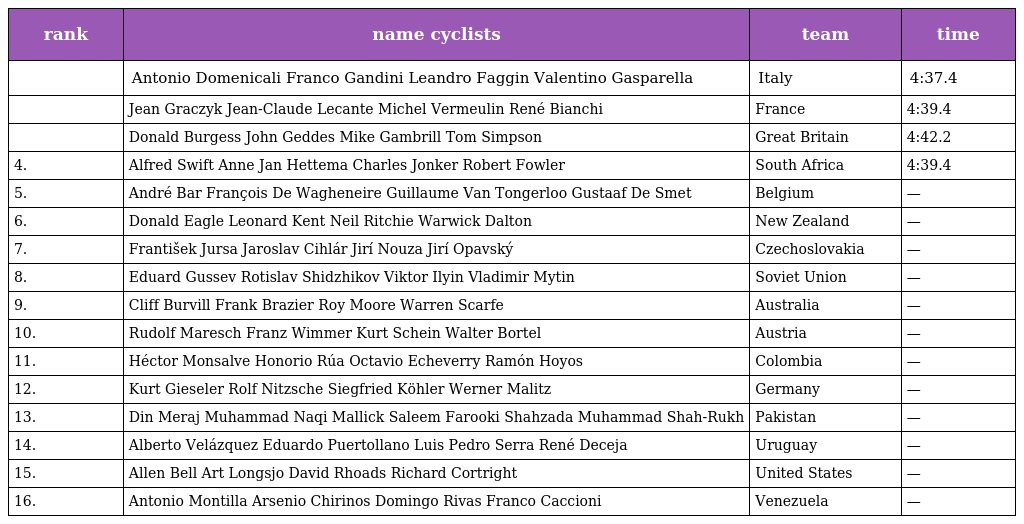
| rank | name cyclists | team | time |
 | --- | --- | --- | --- |
 |  | Antonio Domenicali Franco Gandini Leandro Faggin Valentino Gasparella | Italy | 4:37.4 |
 |  | Jean Graczyk Jean-Claude Lecante Michel Vermeulin René Bianchi | France | 4:39.4 |
 |  | Donald Burgess John Geddes Mike Gambrill Tom Simpson | Great Britain | 4:42.2 |
 | 4. | Alfred Swift Anne Jan Hettema Charles Jonker Robert Fowler | South Africa | 4:39.4 |
 | 5. | André Bar François De Wagheneire Guillaume Van Tongerloo Gustaaf De Smet | Belgium | — |
 | 6. | Donald Eagle Leonard Kent Neil Ritchie Warwick Dalton | New Zealand | — |
 | 7. | František Jursa Jaroslav Cihlár Jirí Nouza Jirí Opavský | Czechoslovakia | — |
 | 8. | Eduard Gussev Rotislav Shidzhikov Viktor Ilyin Vladimir Mytin | Soviet Union | — |
 | 9. | Cliff Burvill Frank Brazier Roy Moore Warren Scarfe | Australia | — |
 | 10. | Rudolf Maresch Franz Wimmer Kurt Schein Walter Bortel | Austria | — |
 | 11. | Héctor Monsalve Honorio Rúa Octavio Echeverry Ramón Hoyos | Colombia | — |
 | 12. | Kurt Gieseler Rolf Nitzsche Siegfried Köhler Werner Malitz | Germany | — |
 | 13. | Din Meraj Muhammad Naqi Mallick Saleem Farooki Shahzada Muhammad Shah-Rukh | Pakistan | — |
 | 14. | Alberto Velázquez Eduardo Puertollano Luis Pedro Serra René Deceja | Uruguay | — |
 | 15. | Allen Bell Art Longsjo David Rhoads Richard Cortright | United States | — |
 | 16. | Antonio Montilla Arsenio Chirinos Domingo Rivas Franco Caccioni | Venezuela | — |